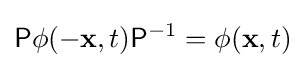
{\mathsf {P}}\phi (-\mathbf {x} ,t){\mathsf {P}}^{-1}=\phi (\mathbf {x} ,t)